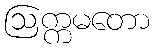
ဩက္ကမတော